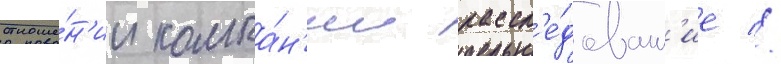
отноше́н'ии компа́н'ии рассл'е́дован'ие //